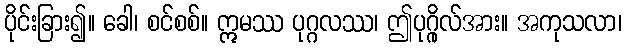
ပိုင်းခြား၍။ ခေါ၊ စင်စစ်။ ဣမဿ ပုဂ္ဂလဿ၊ ဤပုဂ္ဂိုလ်အား။ အကုသလာ၊